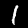
Label: 1